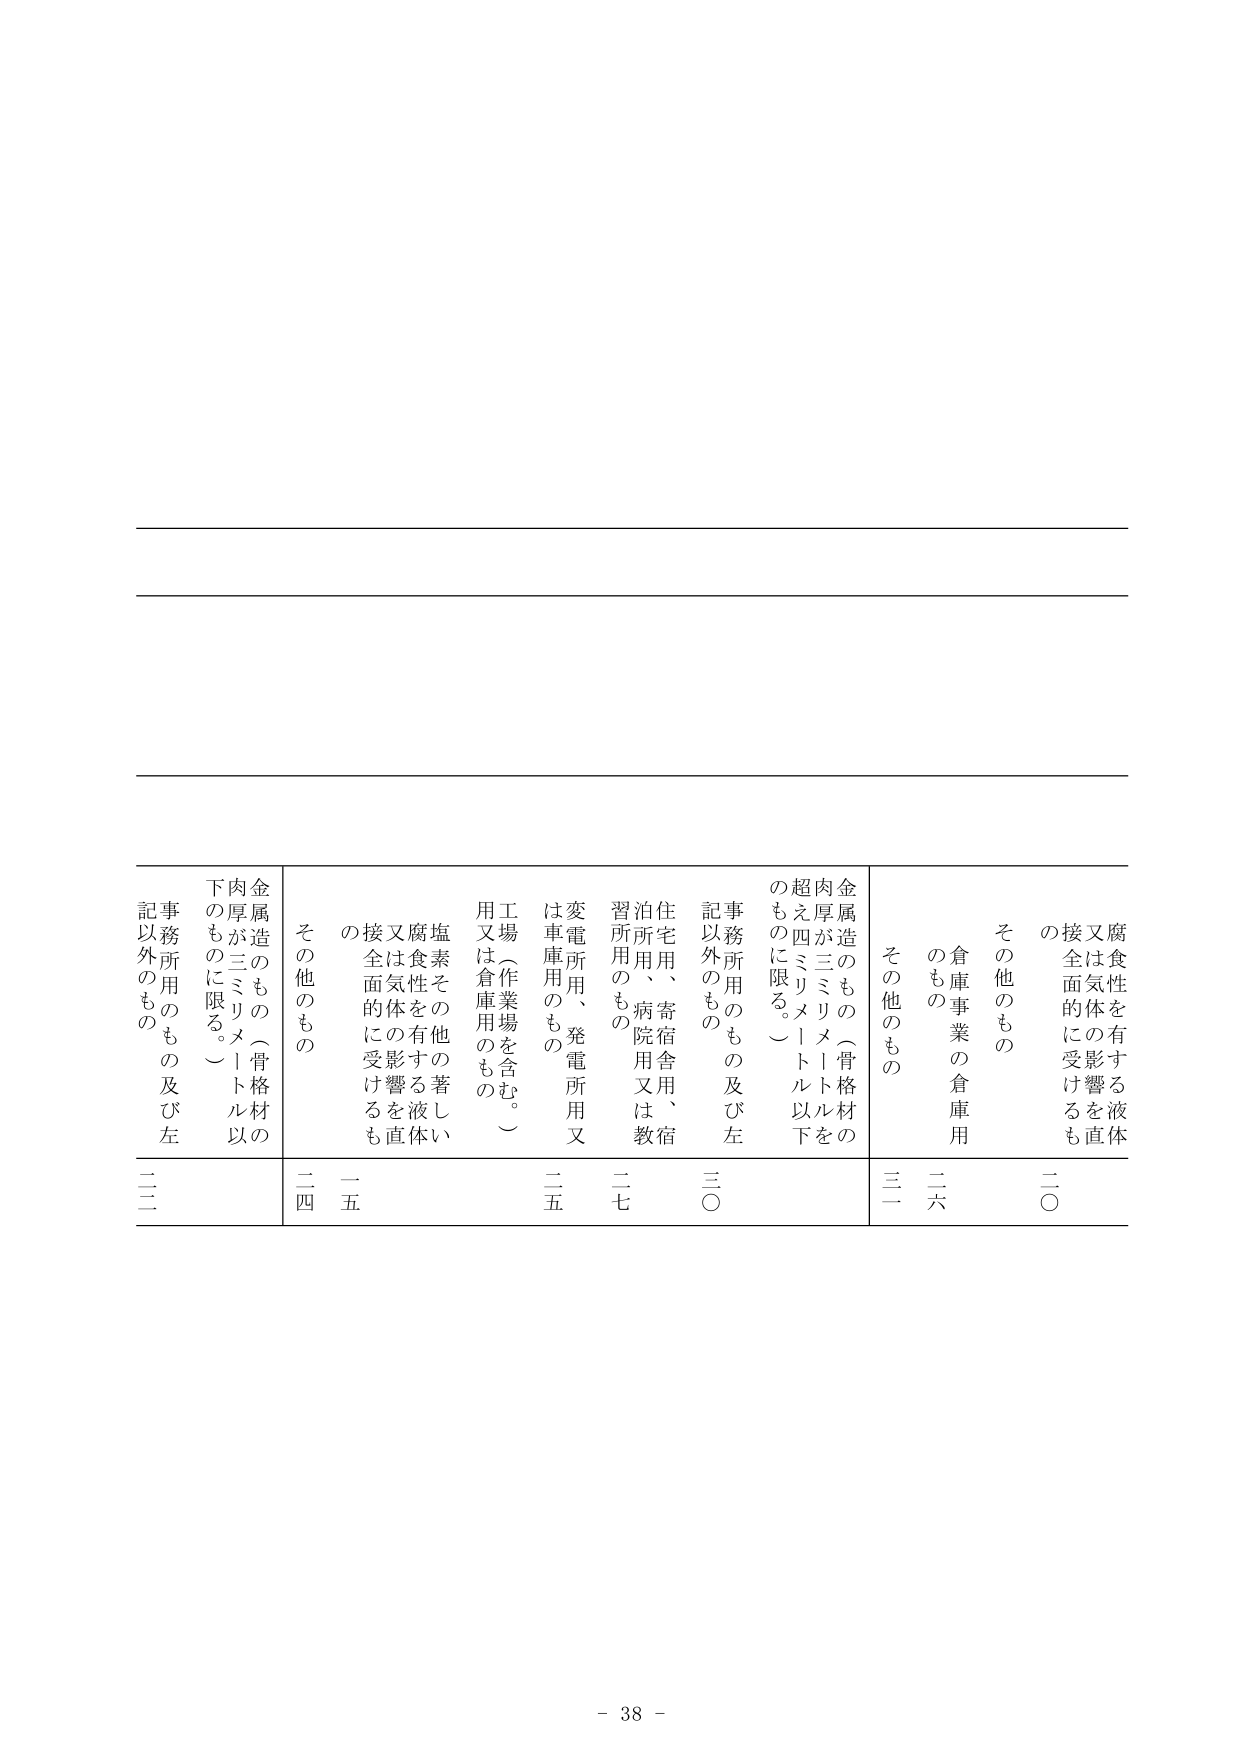
腐食性を有する液体又は気体の直接接触又は全面的に受けるもの
その他のもの
倉庫事業の倉庫用のもの
その他のもの
金属造のもの（骨格材の肉厚が三ミリメートルを超える四ミリメートル以下のものに限る。）
事務所用のもの及び左記以外のもの
住宅用、寄宿舎、泊所用、病院用又は教習所用のもの
変電所用、発電所用又は車庫用のもの
工場（作業場を含む。）用又は倉庫用のもの
金属造のもの（骨格材の肉厚が三ミリメートル以下のものに限る。）
事務所用のもの及び左記以外のもの
その他のもの
二〇
二六
三一
三〇
二七
二五
一五
二四
二二
- 38 -